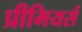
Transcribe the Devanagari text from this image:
प्रीमियर्स